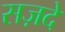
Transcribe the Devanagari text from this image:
सज़दे